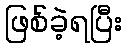
ဖြစ်ခဲ့ရပြီး